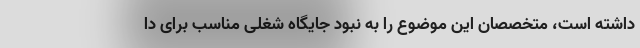
داشته است، متخصصان این موضوع را به نبود جایگاه شغلی مناسب برای دا